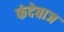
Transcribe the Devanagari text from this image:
फंदेबाज